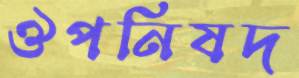
ঔপনিষদ